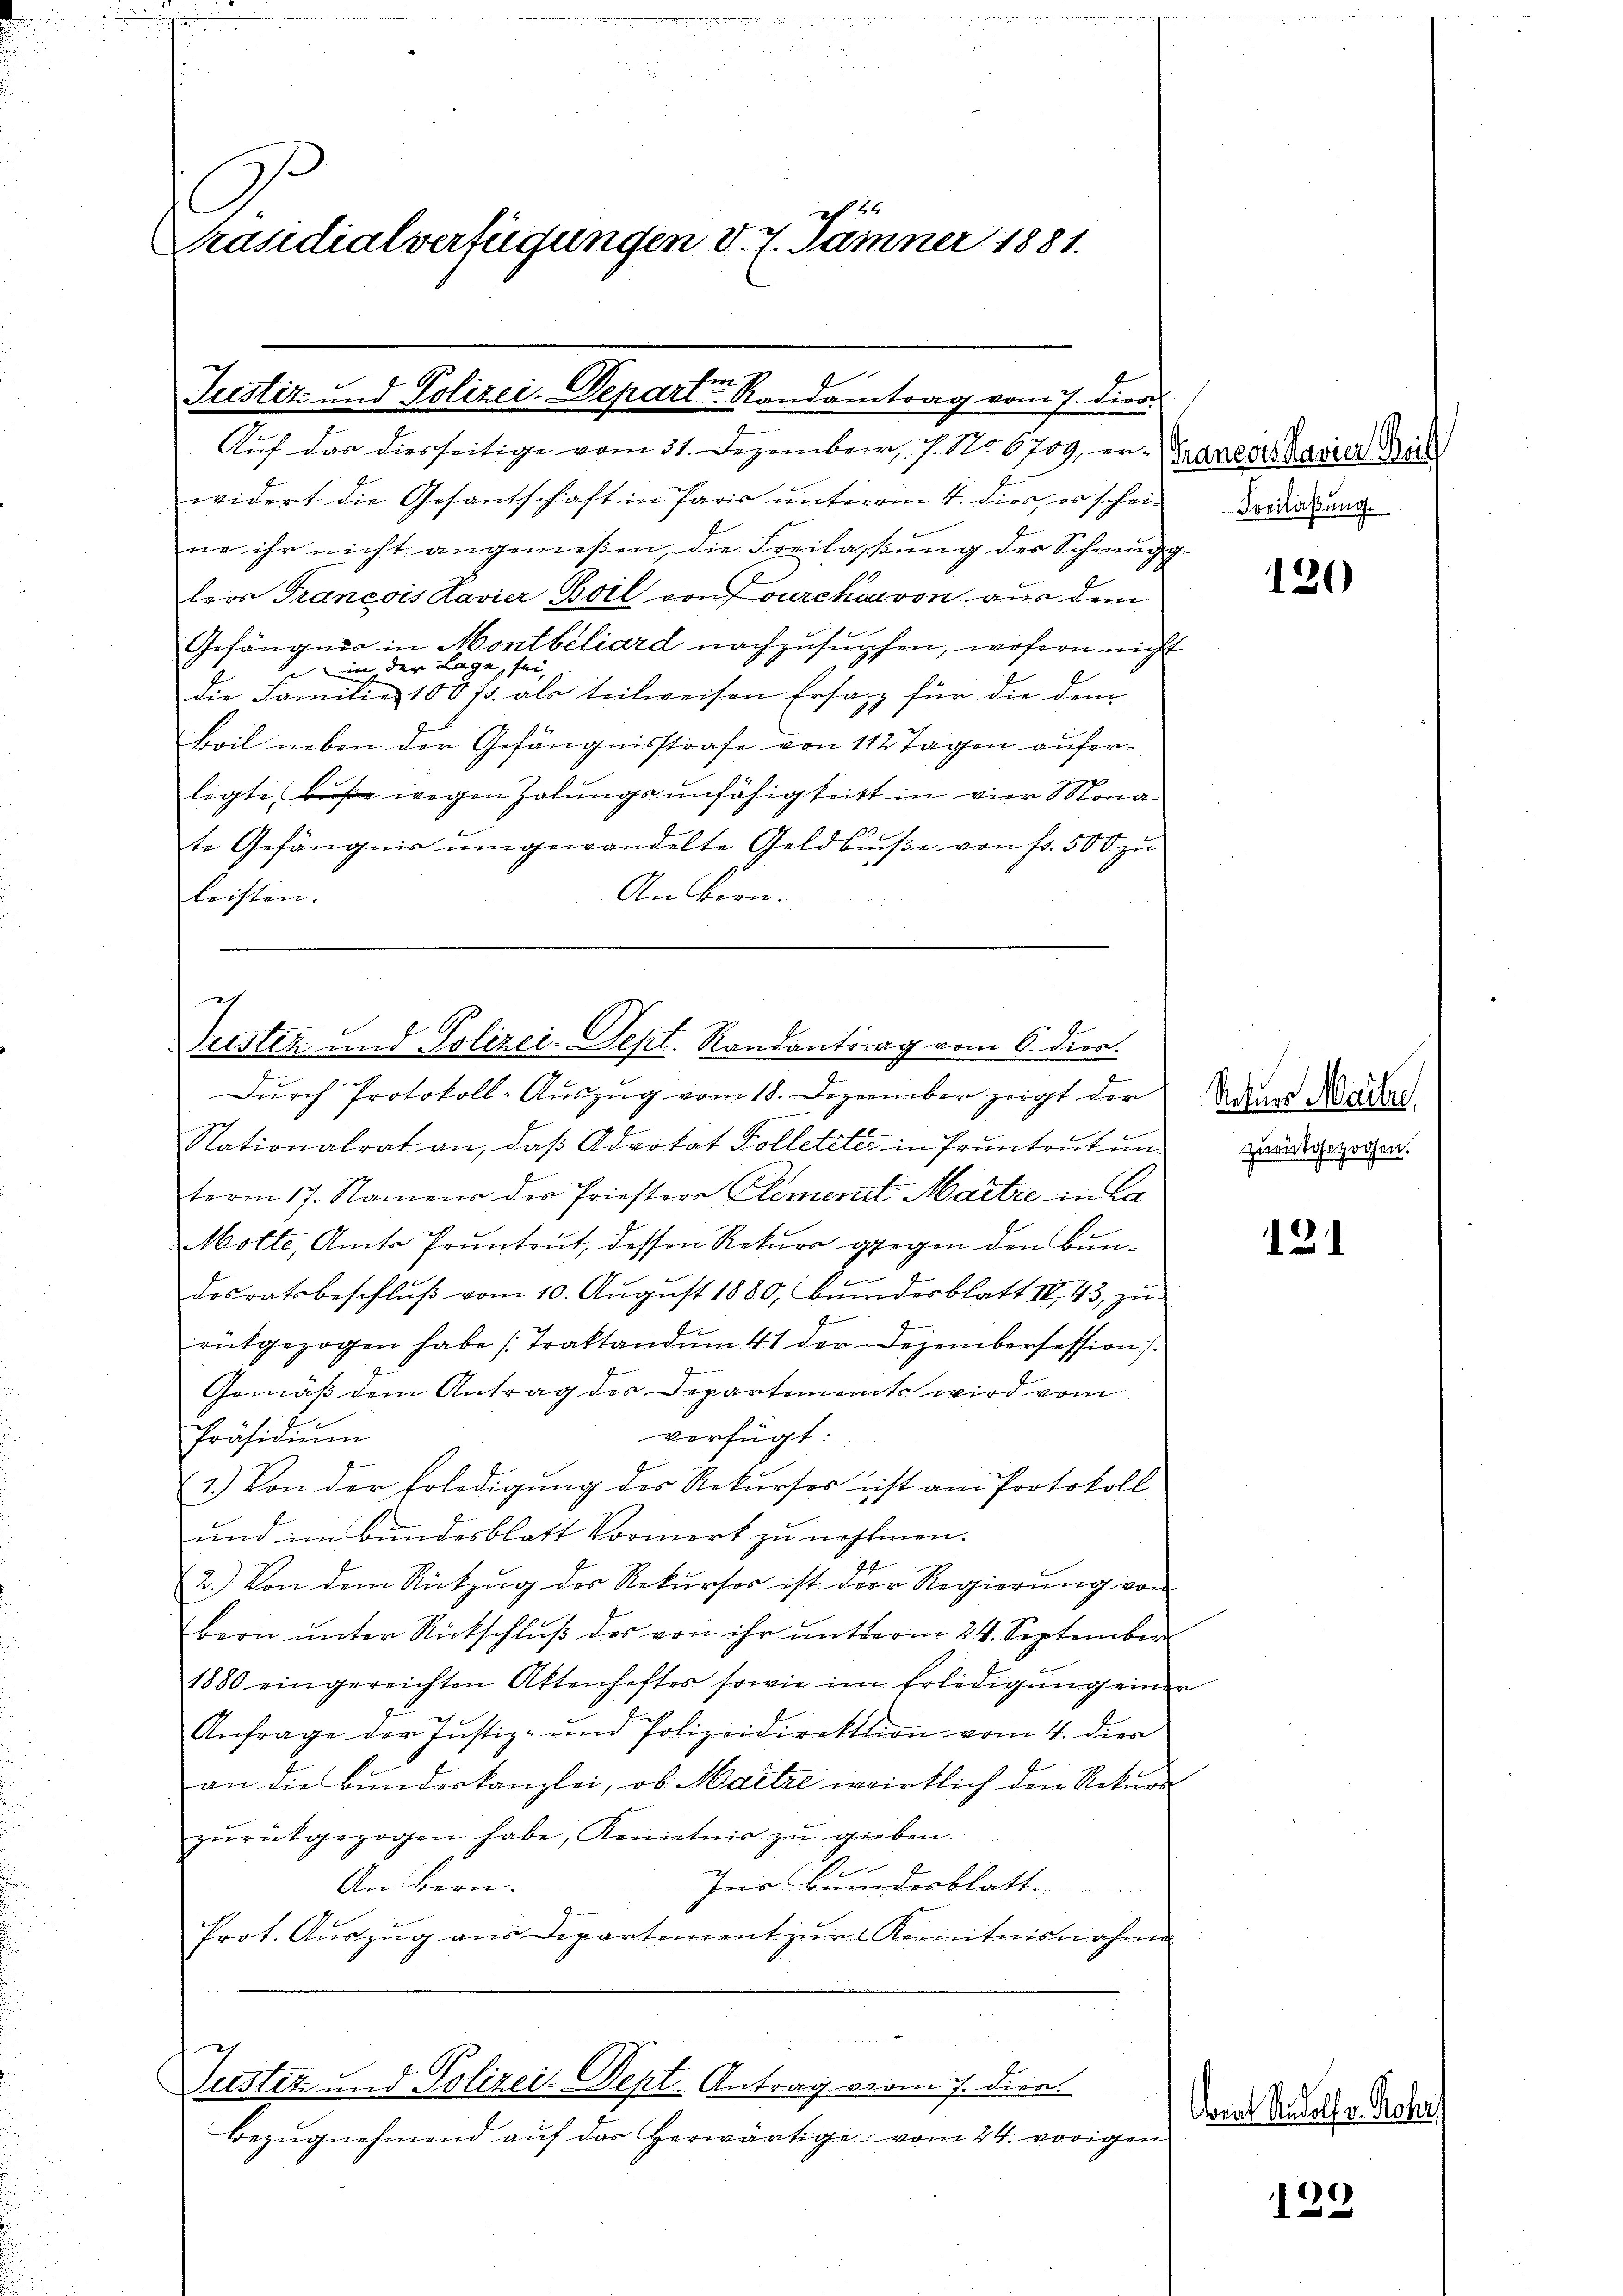
l
ch 2.
Präsidialverfügungen d. 7. Jamner 1881.

n
Justiz- und Polizei-Depart Randantrag vom 7. dies
Auf das diesseitige vom 31. Dezemberr, 7. No. 6709, er aners Kasier Meil

widert die Gesantschaft in Paris unterm 4. dies, es scheine ihr nicht angemeßen, die Freilassung der Schmugg-
lers Francois Lavier Boil von Jourch von aus dem
Gefängnis in Montbéliard nachzusuchen, wofern nicht
e in der Lage, sei,
die Familie 100 fr. als teilweisen Ersatz für die dem
Boil neben der Gefängnisstrafe von 112 Tagen aufer-
legte Buße wegen Zolungsunfähigkeit in vier Monate Gefängnis umgewandelte Geldbuße von fr. 500 zu
An Bern.
leisten.

Liestez und Polizei-Sept. Randantrag vom 6. dier.

Dŭrch Protokoll-Aŭszŭg vom 18. Dezember zeigt der Vaters Mader
Nationalrat an, daß Advokat Folletete in Pruntrut un
term 17. Namens der Priestere Element Maitre in La
Molte, Amts Pruntrut, dessen Rekurs gegen den Bundesratsbeschlŭβ vom 10. Aŭgŭst 1880, Bŭndesblatt III. 43, zŭ
.
rŭtgezogen habe (Traktand ŭm 41 der Dezembersession).
Gemäß dem Antrag der Departements wird vom
verfügt:
Präsidiŭm
1.) Von der Erledigung der Rekurses ist am Protokoll
und im Bundesblatt Vormerk zu nehmen.
2.) Von dem Rützŭg der Rekŭrser ist der Regierŭng von
bern ŭnter Rückschlŭβ des von ihr unterm 24. September
1880 eingereichten Attenhaftes sowie im Erledigŭng einer
Anfrage der Justiz- und Polizeidirektion vom 4. dies
an die Bunderkanzlei, ob Martie wirklich den Rekurzŭrückgezogen habe, Kenntnis zŭ gieben.
2
mendesblatt.
An Bern.
Prot. Auszug aus Departement zur Kenntnisnahme

....................
b
Justiz und Polizei-Sept. Antrag vom 7. dien.

Bezugnehmend auf das herwärtige vom 24. vorigen

Freilaßung.

120

zurückgezogen.

121

Coral Rudolf v. Rohr,

122